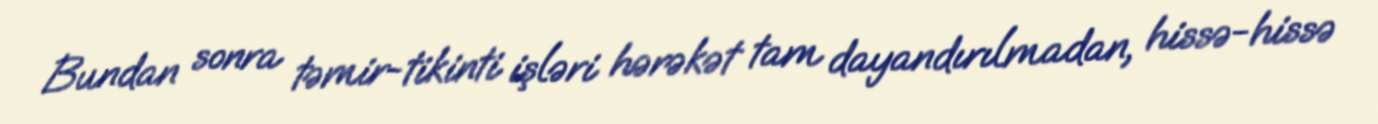
Bundan sonra təmir-tikinti işləri hərəkət tam dayandırılmadan, hissə-hissə